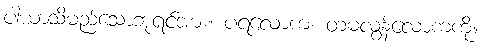
ပါယာသိမည်သောဘုရင်အား။ ပရလောကံ၊ တမလွန်လောကကို။